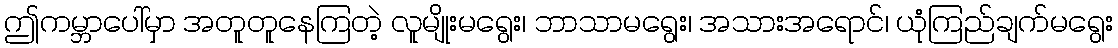
ဤကမ္ဘာပေါ်မှာ အတူတူနေကြတဲ့ လူမျိုးမရွေး၊ ဘာသာမရွေး၊ အသားအရောင်၊ ယုံကြည်ချက်မရွေး